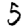
Digit: 5